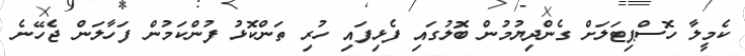
ކެމީލާ ހޮސްޕިޓަލަށް ގެންދިޔުމުން ބޮލުގައި ފެޅިފައި ހުރި ތަންކޮޅު ފުންކަމުން ފަހާލަން ޖެހޭނެ